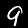
Digit: 9